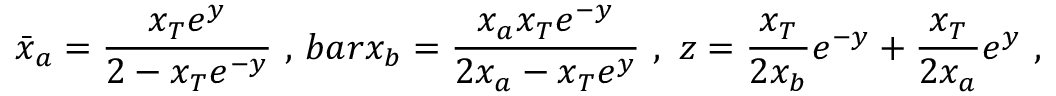
\bar { x } _ { a } = { \frac { x _ { T } e ^ { y } } { 2 - x _ { T } e ^ { - y } } } \ , \, b a r x _ { b } = { \frac { x _ { a } x _ { T } e ^ { - y } } { 2 x _ { a } - x _ { T } e ^ { y } } } \ , \ z = { \frac { x _ { T } } { 2 x _ { b } } } e ^ { - y } + { \frac { x _ { T } } { 2 x _ { a } } } e ^ { y } \ ,